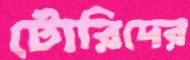
টোরিদের